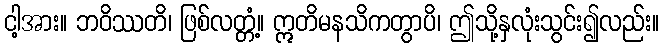
ငါ့အား။ ဘဝိဿတိ၊ ဖြစ်လတ္တံ့။ ဣတိမနသိကတွာပိ၊ ဤသို့နှလုံးသွင်း၍လည်း။